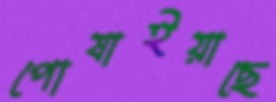
পোষাইয়াছে